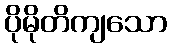
ပိုမိုတိကျသော